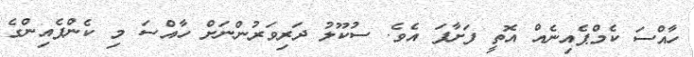
ހާއްސަ ކެމްޕެއިނެއް އޮތީ ފަށާފަ އެވެ. ސުކޫލު ދަރިވަރުންނަށް ހާއްސަ މި ކެންޕެއިންގެ